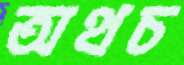
অথচ